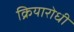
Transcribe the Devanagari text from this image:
क्रियारोधी